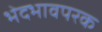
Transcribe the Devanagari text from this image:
भेदभावपरक